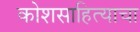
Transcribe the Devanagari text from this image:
कोशसाहित्याचा